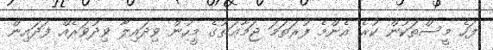
ފަހެ މީސްތަކުން ކުރެ އެންމެ ފުރަތަމަ ޖަމާޢަތުގެ މީހުން ވިދައިލާ ވިދުވަރެއް ފަދައިން